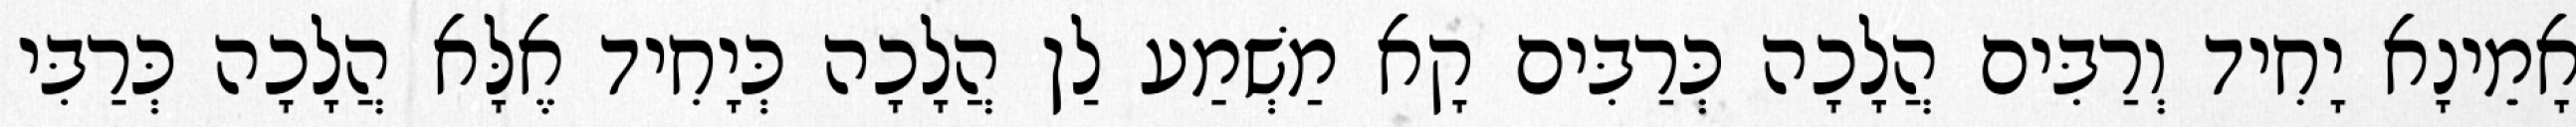
אָמֵינָא יָחִיד וְרַבִּים הֲלָכָה כְּרַבִּים קָא מַשְׁמַע לַן הֲלָכָה כְּיָחִיד אֶלָּא הֲלָכָה כְּרַבִּי